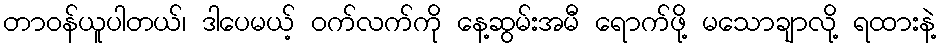
တာဝန်ယူပါတယ်၊ ဒါပေမယ့် ဝက်လက်ကို နေ့ဆွမ်းအမီ ရောက်ဖို့ မသောချာလို့ ရထားနဲ့